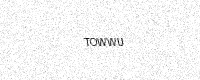
Text: TOWWU